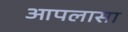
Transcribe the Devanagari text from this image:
आपलासा